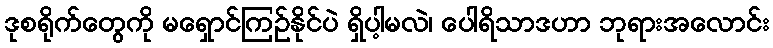
ဒုစရိုက်တွေကို မရှောင်ကြဉ်နိုင်ပဲ ရှိပါ့မလဲ၊ ပေါရိသာဒဟာ ဘုရားအလောင်း